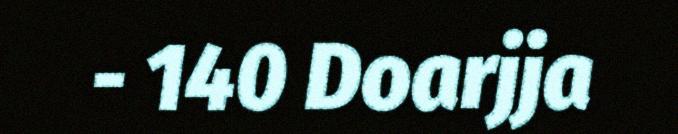
- 140 Doarjja